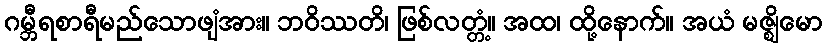
ဂမ္ဘီရစာရီမည်သောဖျံအား။ ဘဝိဿတိ၊ ဖြစ်လတ္တံ့။ အထ၊ ထို့နောက်။ အယံ မဇ္ဈိမော